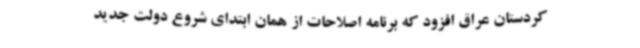
کردستان عراق افزود که برنامه اصلاحات از همان ابتدای شروع دولت جدید